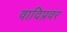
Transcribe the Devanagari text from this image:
वादिप्रवर